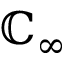
\mathbb { C } _ { \infty }